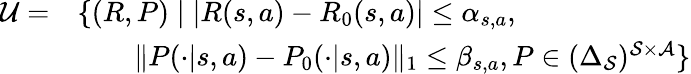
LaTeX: \begin{array}{rl}{\mathcal{U}=}&{\{ (R,P)\mid\lvert R(s,a)-R_{0}(s,a)\rvert\leq\alpha_{s,a},}\\ &{\qquad\lVert P(\cdot|s,a)-P_{0}(\cdot|s,a)\rVert_{1}\leq\beta_{s,a},P\in(\Delta_{\mathcal{S}})^{\mathcal{S}\times\mathcal{A}}\} }\end{array}